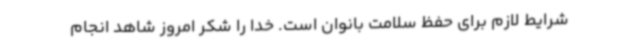
شرایط لازم برای حفظ سلامت بانوان است. خدا را شکر امروز شاهد انجام